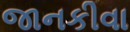
જાનકીવા